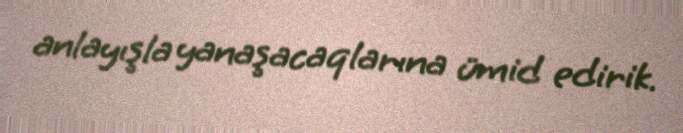
anlayışla yanaşacaqlarına ümid edirik.